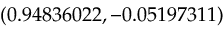
( 0 . 9 4 8 3 6 0 2 2 , - 0 . 0 5 1 9 7 3 1 1 )